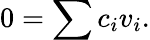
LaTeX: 0=\sum c_{i}v_{i}.